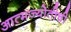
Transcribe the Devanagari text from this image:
आत्मज्योतीची